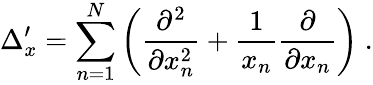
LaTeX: \Delta_{x}^{\prime}=\sum_{n=1}^{N}\left(\frac{\partial^{2}}{\partial x_{n}^{2}}+\frac{1}{x_{n}}\frac{\partial}{\partial x_{n}}\right)\ .